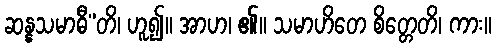
ဆန္နသမာဓီ”တိ၊ ဟူ၍။ အာဟ၊ ၏။ သမာဟိတေ စိတ္တေတိ၊ ကား။